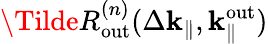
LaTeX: \Tilde{R}_{\mathrm{out}}^{(n)}(\Delta\mathbf{k}_{\parallel},\mathbf{k}_{\parallel}^{\mathrm{out}})